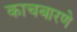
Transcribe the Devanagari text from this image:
काचबारणे